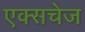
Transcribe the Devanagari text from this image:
एक्सचेज